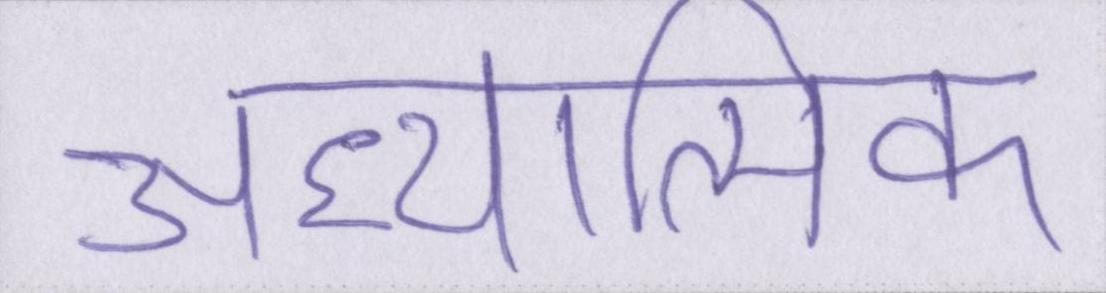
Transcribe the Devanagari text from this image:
अध्यात्मिक